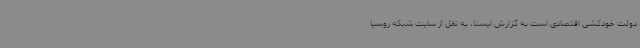
دولت خودکشی اقتصادی است به گزارش ایسنا، به نقل از سایت شبکه روسیا